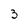
Character: 3